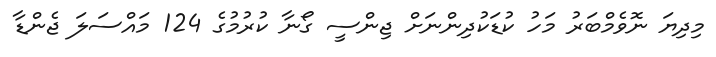
މިދިޔަ ނޮވެމްބަރު މަހު ކުޑަކުދިންނަށް ޖިންސީ ގޯނާ ކުރުމުގެ 124 މައްސަލަ ޖެންޑާ